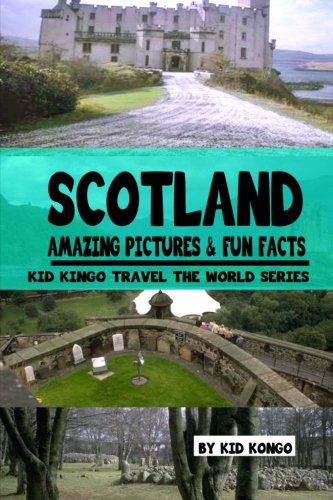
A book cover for Scotland Amazing Pictures & Fun Facts (Kid Kongo Travel The World Series )(Book 10); Kid Kongo; Travel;